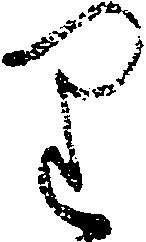
り